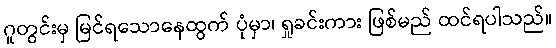
ဂူတွင်းမှ မြင်ရသောနေထွက် ပုံမှာ၊ ရှုခင်းကား ဖြစ်မည် ထင်ရပါသည်။